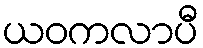
ယဝကလာပီ